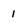
Character: 1